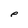
Character: p